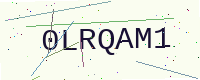
Text: 0LRQAM1